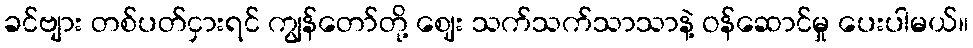
ခင်ဗျား တစ်ပတ်ငှားရင် ကျွန်တော်တို့ ဈေး သက်သက်သာသာနဲ့ ဝန်ဆောင်မှု ပေးပါမယ်။